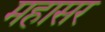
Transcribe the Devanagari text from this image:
महासर